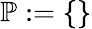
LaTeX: {\mathbb{P}}:=\{ \}